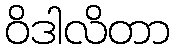
ဝိဒါလိတာ